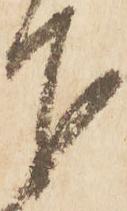
下